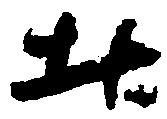
北